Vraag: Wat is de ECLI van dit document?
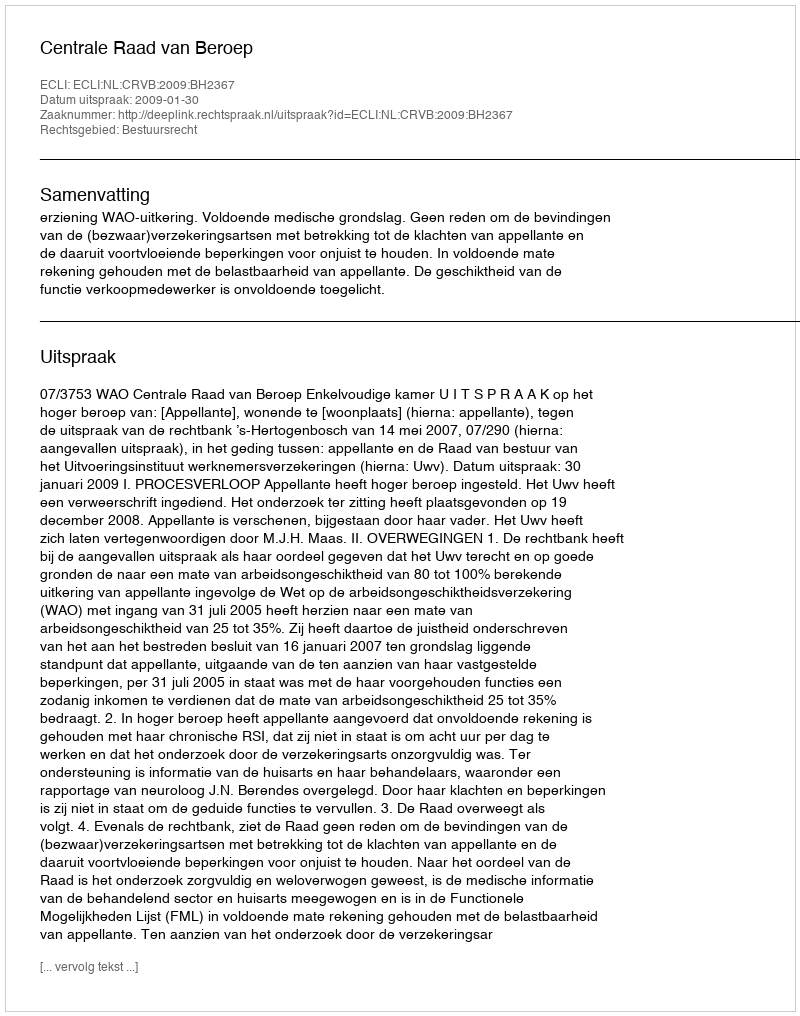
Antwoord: ECLI:NL:CRVB:2009:BH2367